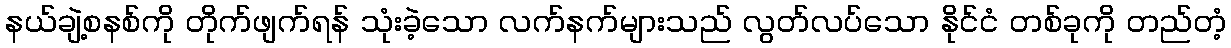
နယ်ချဲ့စနစ်ကို တိုက်ဖျက်ရန် သုံးခဲ့သော လက်နက်များသည် လွတ်လပ်သော နိုင်ငံ တစ်ခုကို တည်တံ့